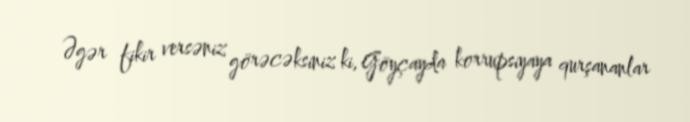
Əgər fikir versəniz görəcəksiniz ki, Göyçayda korrupsiyaya qurşananlar